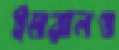
ইমরানও